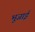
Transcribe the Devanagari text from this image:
भूजाई